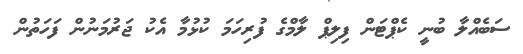
ސަބެއްލާ ބުނީ ކެޕްޓަން ފިލިޕް ލާމްގެ ފުރިހަމަ ކުޅުމާ އެކު ޖަރުމަނުން ފަހަތުން